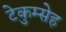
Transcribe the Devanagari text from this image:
टेकुम्सेह